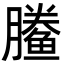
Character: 䲢